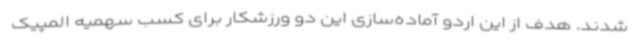
شدند. هدف از این اردو آماده‌سازی این دو ورزشکار برای کسب سهمیه المپیک